Annual administration report of the Civil Veterinary Department of India - 1898-1899
Year: 1898
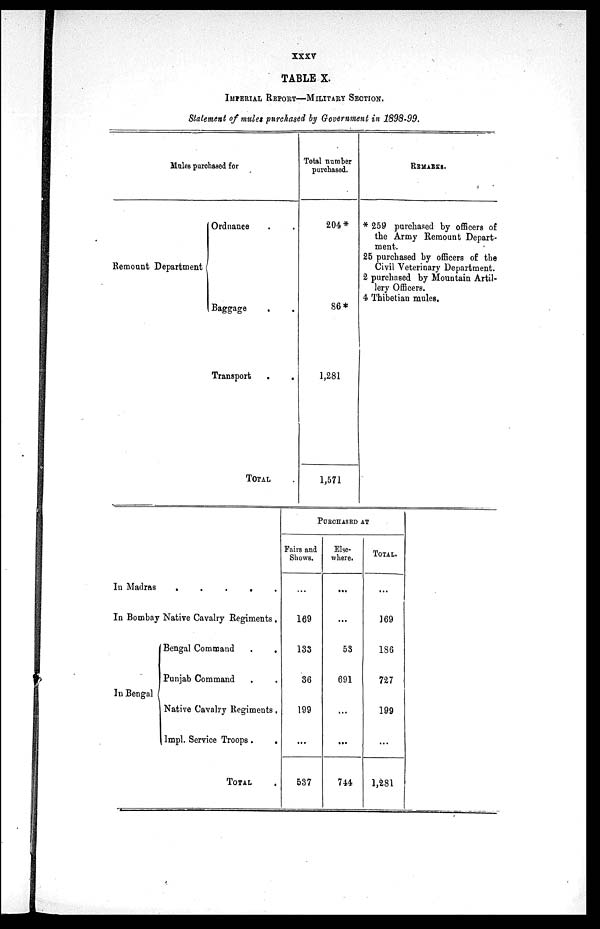
XXXV
TABLE X.
IMPERIAL REPORT—MILITARY SECTION.
Statement of mules purchased by Government in 1898-99.
Mules purchased for
Remount Department
Ordnance . .
Baggage . .
Transport
.
.
TOTAL .
Total number
purchased.
204*
86*
1,281
1,571
REMARKS.
* 259 purchased by officers of
the Army Remount Depart-
ment.
25 purchased by officers of the
Civil Veterinary Department.
2 purchased by Mountain Artil-
lery Officers.
4 Thibetian mules.
In Madras
.
.
.
.
.
In Bombay Native Cavalry Regiments .
In Bengal {
Bengal Command
.
.
Punjab Command . .
Native Cavalry Regiments.
Impl. Service Troops .
.
TOTAL .
PURCHASED AT
Fairs and
Shows.
...
169
133
36
199
...
537
Else-
where.
...
...
53
691
...
...
744
TOTAL.
...
169
186
727
199
...
1,281